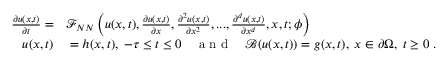
\begin{array} { r l } { \frac { \partial u ( x , t ) } { \partial t } = } & { { } \mathcal { F } _ { N N } \left( u ( x , t ) , \frac { \partial u ( x , t ) } { \partial x } , \frac { \partial ^ { 2 } u ( x , t ) } { \partial x ^ { 2 } } , . . . , \frac { \partial ^ { d } u ( x , t ) } { \partial x ^ { d } } , x , t ; \phi \right) } \\ { u ( x , t ) } & { { } = h ( x , t ) , \; - \tau \leq t \leq 0 \quad \mathrm { ~ a ~ n ~ d ~ } \quad \mathcal { B } ( u ( x , t ) ) = g ( x , t ) , \; x \in \partial \Omega , \; t \geq 0 \; . } \end{array}